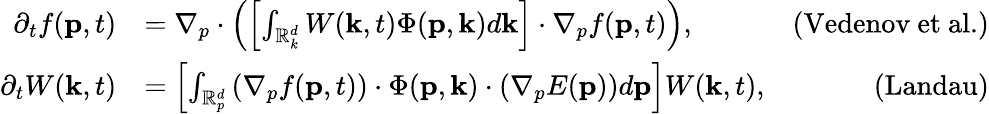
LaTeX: \begin{array}{rlr}{\partial_{t}f(\mathbf{p},t)}&{=\nabla_{p}\cdot\left(\left[\int_{\mathbb{R}_{k}^{d}}W(\mathbf{k},t)\Phi(\mathbf{p},\mathbf{k})d\mathbf{k}\right]\cdot\nabla_{p}f(\mathbf{p},t)\right),}&{\mathrm{(Vedenov~et~al.})}\\ {\partial_{t}W(\mathbf{k},t)}&{=\left[\int_{\mathbb{R}_{p}^{d}}\left(\nabla_{p}f(\mathbf{p},t)\right)\cdot\Phi(\mathbf{p},\mathbf{k})\cdot\left(\nabla_{p}E(\mathbf{p})\right)d\mathbf{p}\right]W(\mathbf{k},t),}&{\mathrm{(Landau)}}\end{array}